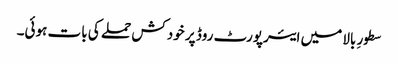
سطورِ بالا میں ایئرپورٹ روڈ پر خودکش حملے کی بات ہوئی۔